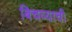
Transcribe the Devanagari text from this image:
बिचव्याची